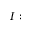
I :